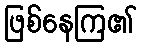
ဖြစ်နေကြ၏